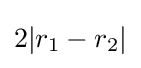
2|r_{1}-r_{2}|